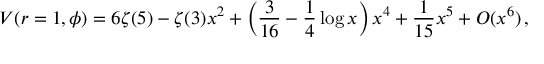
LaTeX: V ( r = 1 , \phi ) = 6 \zeta ( 5 ) - \zeta ( 3 ) x ^ { 2 } + \left( \frac { 3 } { 1 6 } - \frac { 1 } { 4 } \log x \right) x ^ { 4 } + \frac { 1 } { 1 5 } x ^ { 5 } + { \cal O } ( x ^ { 6 } ) \, ,